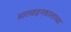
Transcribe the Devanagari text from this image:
सातवाहनकालाच्या